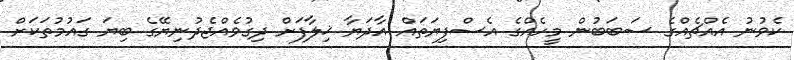
ކެވުނު އެއްޗެއްގެ ސަބަބުން މީހެއްގެ އެސްފިޔަތައް އާދަޔާ ޚިލާފަށް ދިގުވެއްޖެދުނިޔޭގެ ބިޔަ ގައުމުތަކަށް